Indian journal of veterinary science and animal husbandry - Volume 11,
Year: 1941
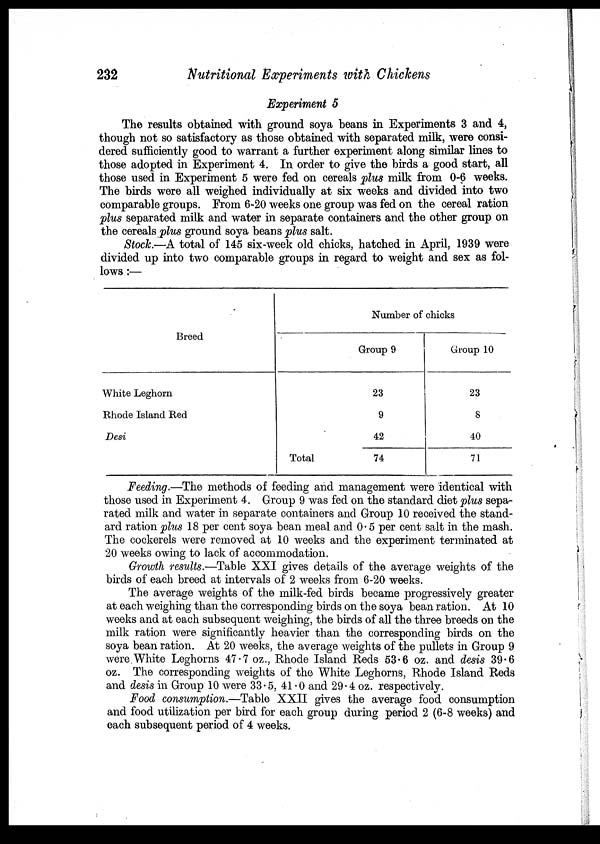
232
Nutritional Experiments with Chickens
Experiment 5
The results obtained with ground soya beans in Experiments 3 and 4,
though not so satisfactory as those obtained with separated milk, were consi-
dered sufficiently good to warrant a further experiment along similar lines to
those adopted in Experiment 4. In order to give the birds a good start, all
those used in Experiment 5 were fed on cereals plus milk from 0-6 weeks.
The birds were all weighed individually at six weeks and divided into two
comparable groups. From 6-20 weeks one group was fed on the cereal ration
plus separated milk and water in separate containers and the other group on
the cereals plus ground soya beans plus salt.
Stock.—A total of 145 six-week old chicks, hatched in April, 1939 were
divided up into two comparable groups in regard to weight and sex as fol-
lows :—
Breed
White Leghorn
Rhode Island Red
Desi
Total
Number of chicks
Group 9
23
9
42
74
Group 10
23
8
40
71
Feeding.—The methods of feeding and management were identical with
those used in Experiment 4. Group 9 was fed on the standard diet plus sepa-
rated milk and water in separate containers and Group 10 received the stand-
ard ration plus 18 per cent soya bean meal and 0.5 per cent salt in the mash.
The cockerels were removed at 10 weeks and the experiment terminated at
20 weeks owing to lack of accommodation.
Growth results.—Table XXI gives details of the average weights of the
birds of each breed at intervals of 2 weeks from 6-20 weeks.
The average weights of the milk-fed birds became progressively greater
at each weighing than the corresponding birds on the soya bean ration. At 10
weeks and at each subsequent weighing, the birds of all the three breeds on the
milk ration were significantly heavier than the corresponding birds on the
soya bean ration. At 20 weeks, the average weights of the pullets in Group 9
were White Leghorns 47.7 oz., Rhode Island Reds 53.6 oz. and desis 39.6
oz. The corresponding weights of the White Leghorns, Rhode Island Reds
and desis in Group 10 were 33.5, 41.0 and 29.4 oz. respectively.
Food consumption.—Table XXII gives the average food consumption
and food utilization per bird for each group during period 2 (6-8 weeks) and
each subsequent period of 4 weeks.